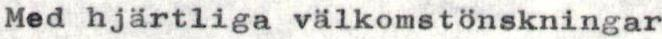
Med hjärtliga välkomstönskningar